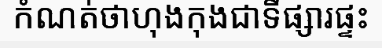
កំណត់ថាហុងកុងជាទីផ្សារផ្ទះ